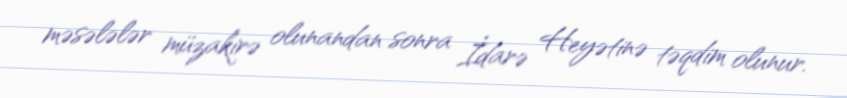
məsələlər müzakirə olunandan sonra İdarə Heyətinə təqdim olunur.